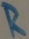
Text: R